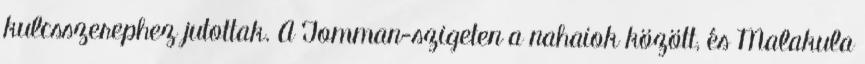
kulcsszerephez jutottak. A Tomman-szigeten a nahaiok között, és Malakula